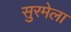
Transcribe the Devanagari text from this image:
सुरमेला